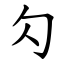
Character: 勽